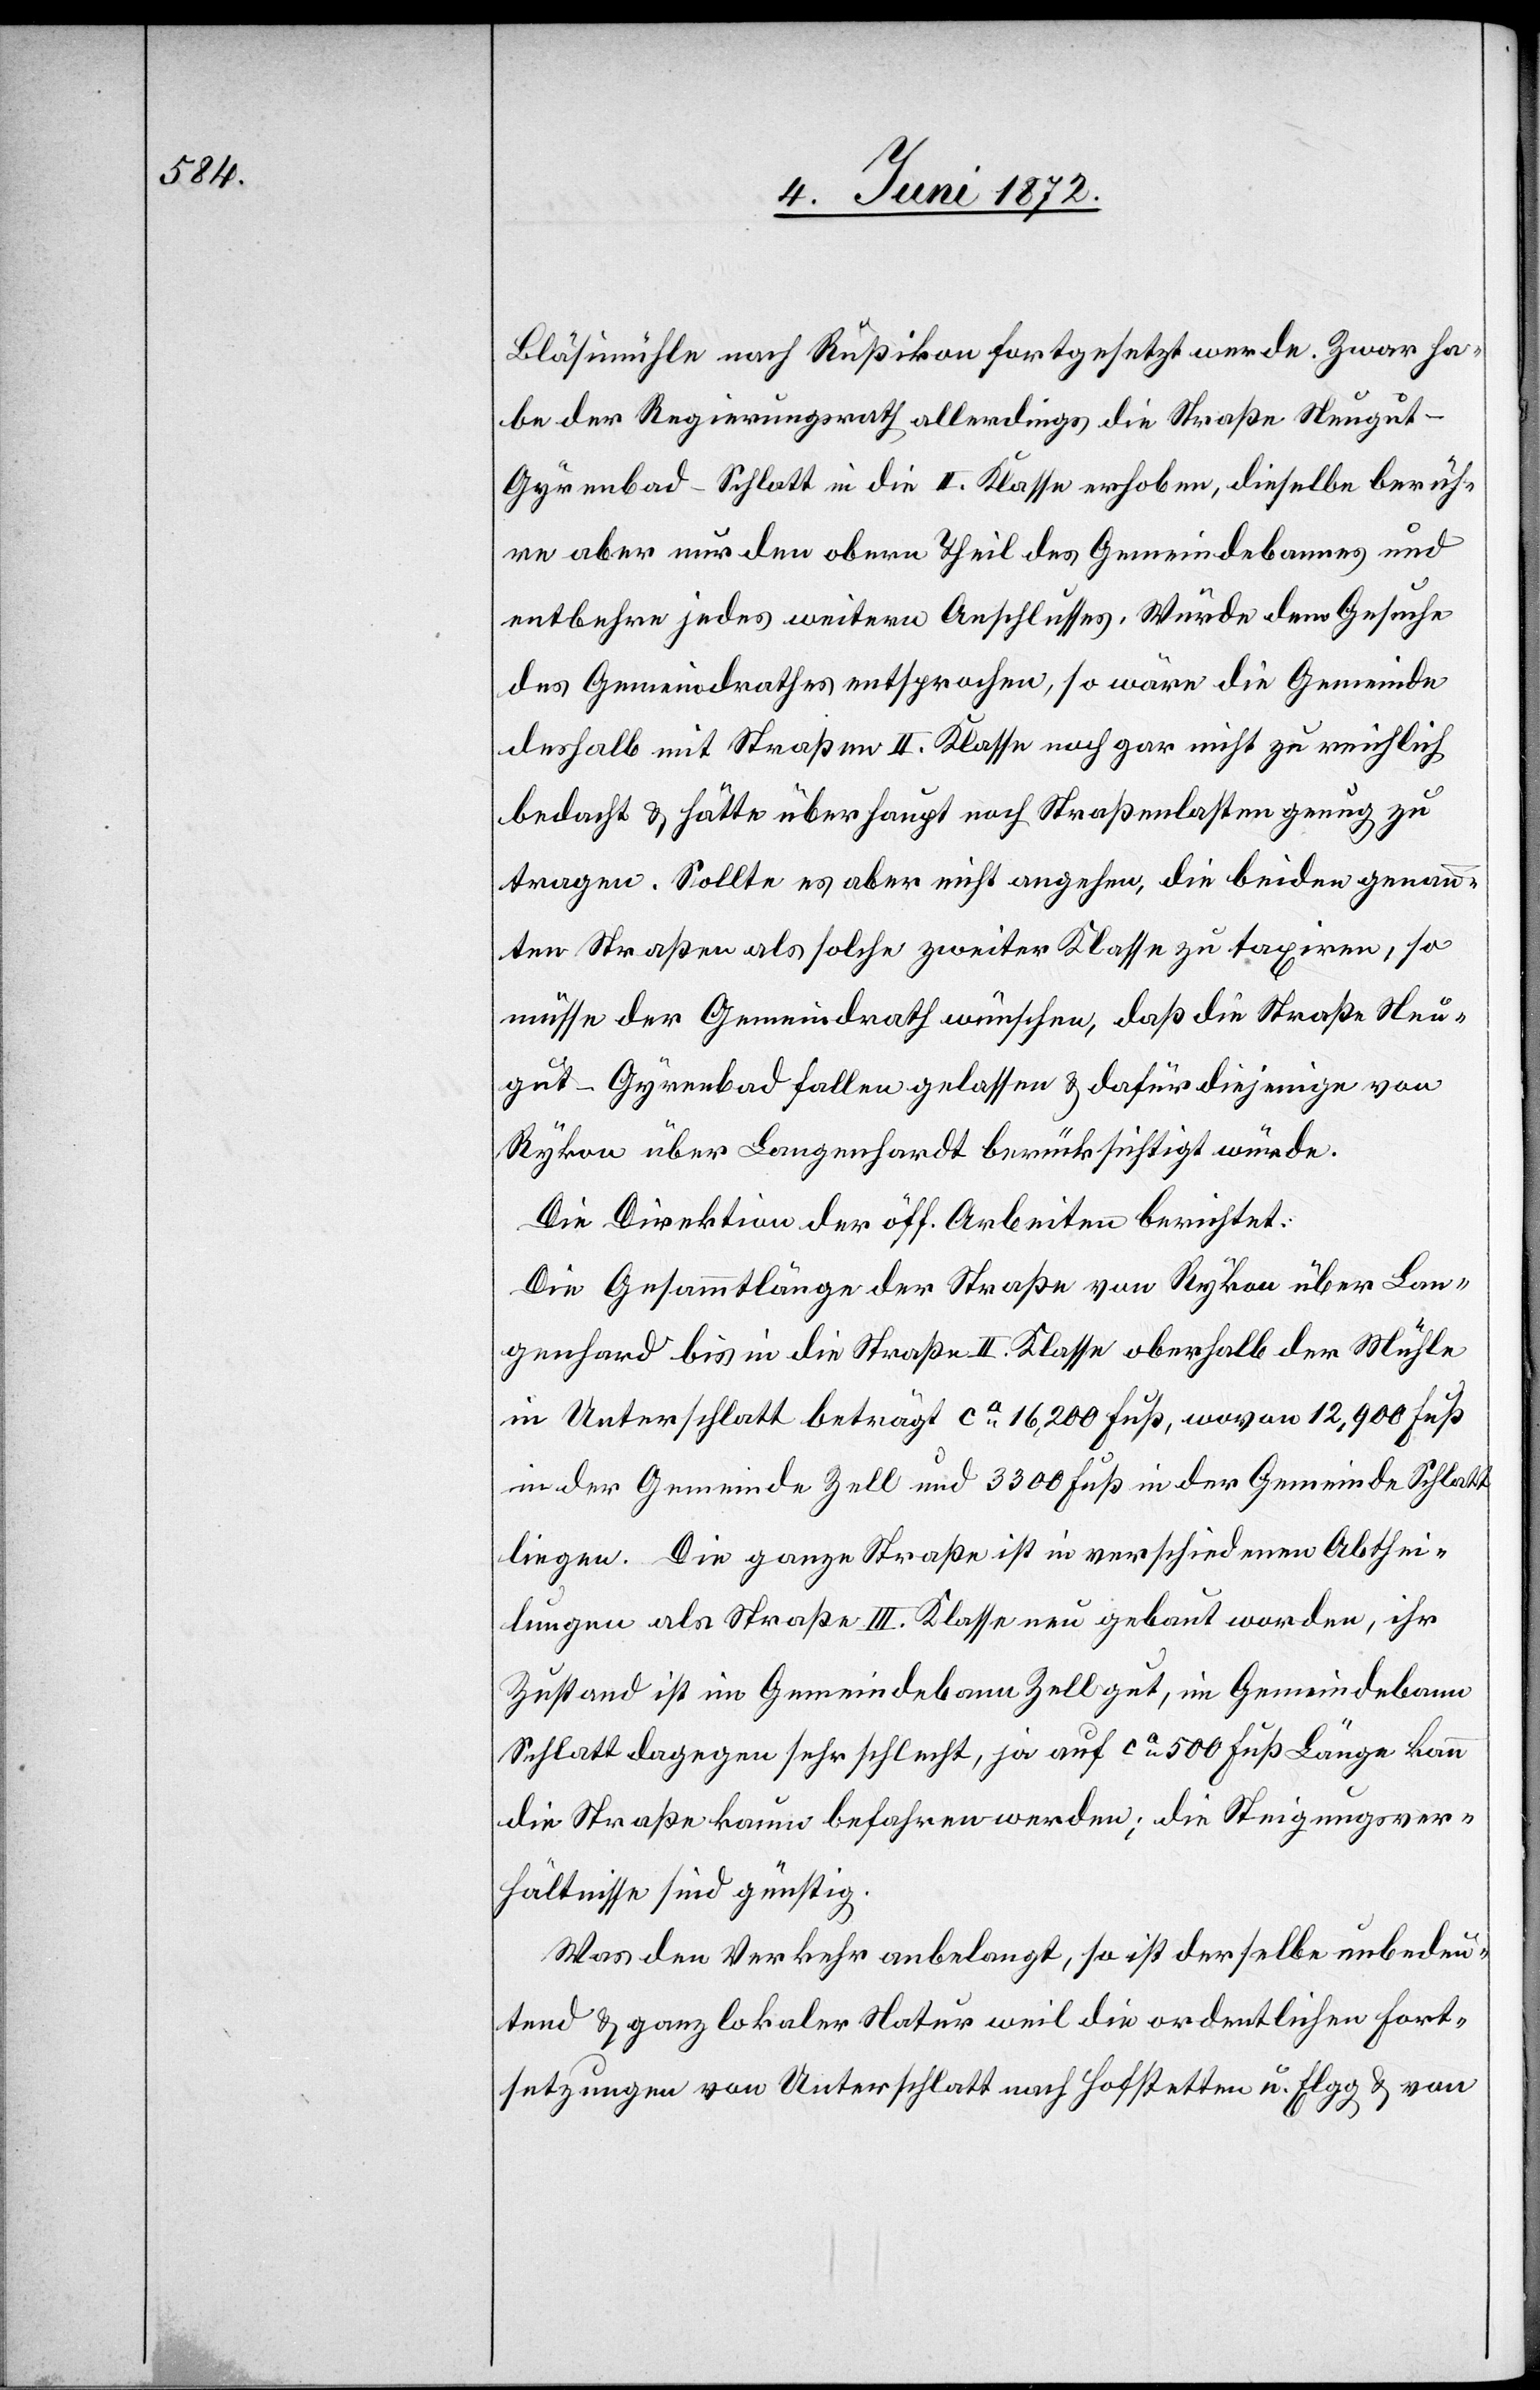
Bläsimühle nach Rußikon fortgesetzt werde. Zwar ha¬
be der Regierungsrath allerdings die Straße Neugut–G¬
yrenbad–Schlatt in die II. Klasse erhoben, dieselbe berüh¬
re aber nur den obern Theil des Gemeindebannes und
entbehre jedes weitern Anschlusses. Würde dem Gesuche
des Gemeindrathes entsprochen, so wäre die Gemeinde
deshalb mit Straßen II. Klasse noch gar nicht zu reichlich
bedacht u. hätte überhaupt noch Straßenlasten genug zu
tragen. Sollte es aber nicht angehen, die beiden genann¬
ten Straßen als solche zweiter Klasse zu taxiren, so
müsse der Gemeindrath wünschen, daß die Straße Neu¬
gut–Gyrenbad fallen gelassen u. dafür diejenige von
Rykon über Langenhardt berücksichtigt würde.
Die Direktion der öff. Arbeiten berichtet:
Die Gesammtlänge der Straße von Rykon über Lan¬
genhard bis in die Straße II. Klasse oberhalb der Mühle
in Unterschlatt beträgt ca 16,200 Fuß, wovon 12,900 Fuß
in der Gemeinde Zell und 3300 Fuß in der Gemeinde Schlatt
liegen. Die ganze Straße ist in verschiedenen Abthei¬
lungen als Straße III. Klasse neu gebaut worden, ihr
Zustand ist im Gemeindebann Zell gut, im Gemeindebann
Schlatt dagegen sehr schlecht, ja auf ca 500 Fuß Länge kann
die Straße kaum befahren werden; die Steigungsver¬
hältnisse sind günstig.
Was den Verkehr anbelangt, so ist derselbe unbedeu¬
tend u. ganz lokaler Natur weil die ordentlichen Fort¬
setzungen von Unterschlatt nach Hofstetten u. Elgg u. von